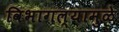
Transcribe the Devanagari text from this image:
विभागल्यामुळे